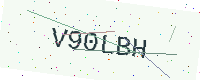
Text: V90LBH